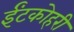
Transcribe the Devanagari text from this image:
ईंटकोहरी